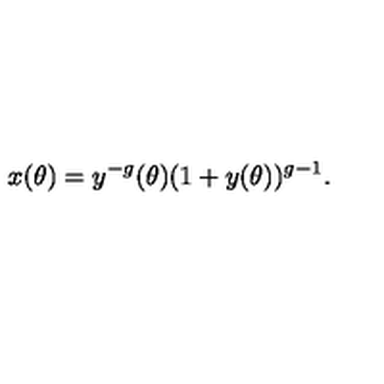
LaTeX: x ( \theta ) = y ^ { - g } ( \theta ) ( 1 + y ( \theta ) ) ^ { g - 1 } .